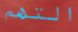
التهم